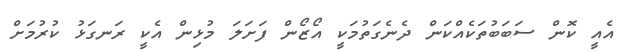
އެއީ ކޮން ސަބަބުތަކެއްކަން ދެނެގަތުމަކީ އޯޒޯން ފަށަލަ މުޅިން އެކީ ރަނގަޅު ކުރުމަށް